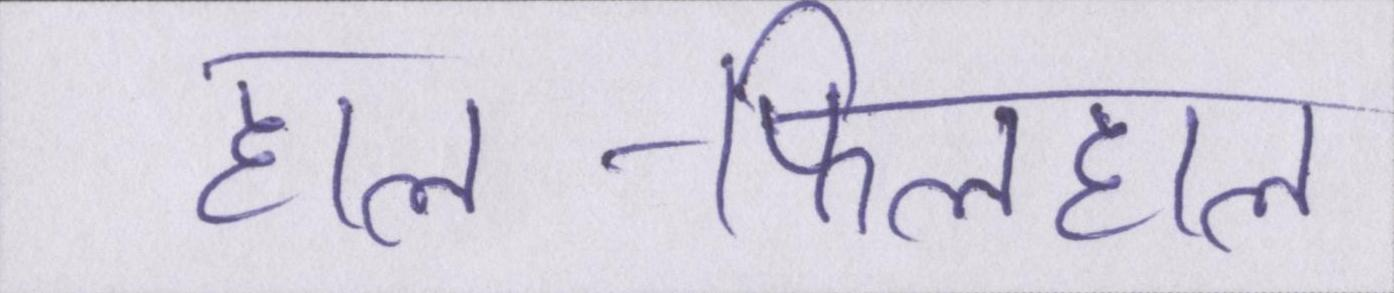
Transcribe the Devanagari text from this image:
हाल-फिलहाल